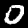
Label: 0